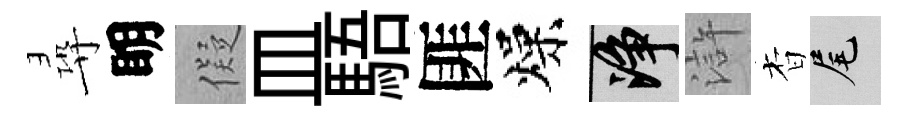
尋眀儗皿䮏匪燥净滸杳尾